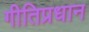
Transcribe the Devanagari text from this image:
गीतिप्रधान